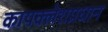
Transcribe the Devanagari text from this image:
कायक्लेशप्रधान